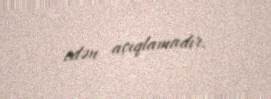
edən açıqlamadır.